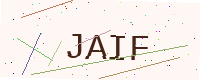
Text: JAIF